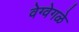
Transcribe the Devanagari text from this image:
वेग्वेगळे